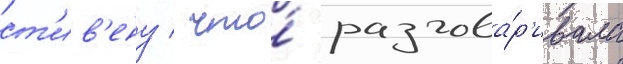
ст'ив'ену / что́ разгова́р'ивала